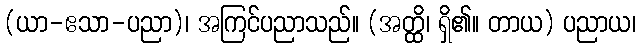
(ယာ-ဧသာ-ပညာ)၊ အကြင်ပညာသည်။ (အတ္ထိ၊ ရှိ၏။ တာယ) ပညာယ၊